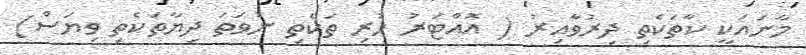
މާނައަކީ ކާތަކެތި ދިރުވާއިރު ( އޮއްޓަރު ހުރި ތަކެތި ނުވަތަ ދިޔާތަކެތި ވިޔަސް)